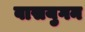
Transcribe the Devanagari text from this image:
वासयुगन